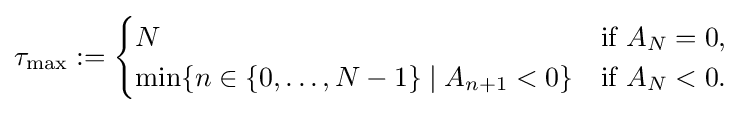
\tau _{\text{max}}:={\begin{cases}N&{\text{if }}A_{N}=0,\\\min\{n\in \{0,\dots ,N-1\}\mid A_{n+1}<0\}&{\text{if }}A_{N}<0.\end{cases}}